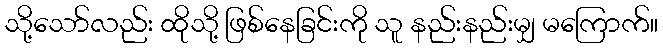
သို့သော်လည်း ထိုသို့ ဖြစ်နေခြင်းကို သူ နည်းနည်းမျှ မကြောက်။